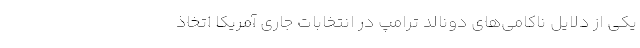
یکی از دلایل ناکامی­های دونالد ترامپ در انتخابات جاری آمریکا اتخاذ